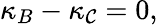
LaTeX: \kappa_{B}-\kappa_{\mathcal{C}}=0,